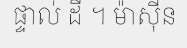
ផ្ទាល់ ដី ។ ម៉ាស៊ីន